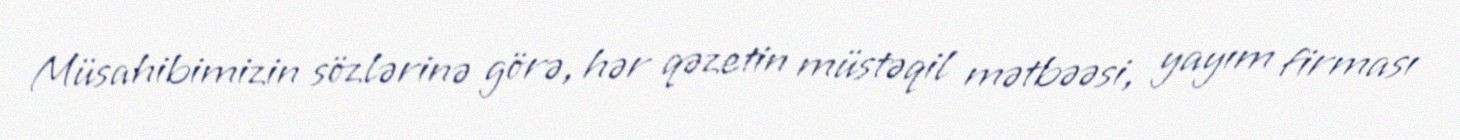
Müsahibimizin sözlərinə görə, hər qəzetin müstəqil mətbəəsi, yayım firması